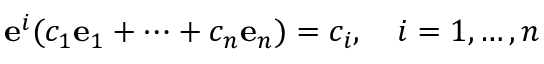
\mathbf { e } ^ { i } ( c _ { 1 } \mathbf { e } _ { 1 } + \cdots + c _ { n } \mathbf { e } _ { n } ) = c _ { i } , \quad i = 1 , \ldots , n